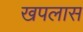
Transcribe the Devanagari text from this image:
खपलास